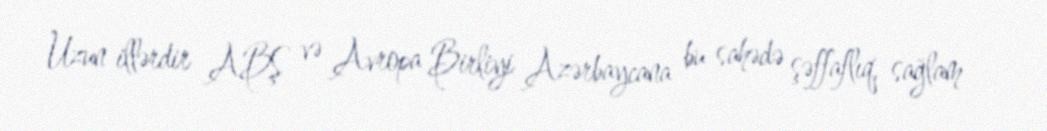
Uzun illərdir ABŞ və Avropa Birliyi Azərbaycana bu sahədə şəffaflıq, sağlam